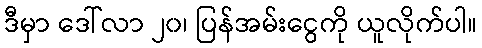
ဒီမှာ ဒေါ်လာ ၂၀၊ ပြန်အမ်းငွေကို ယူလိုက်ပါ။